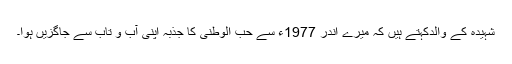
شہیدہ کے والدکہتے ہیں کہ میرے اندر 1977ء سے حب الوطنی کا جذبہ اپنی آب و تاب سے جاگزیں ہوا۔